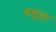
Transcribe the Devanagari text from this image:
बगुड़ा